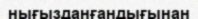
нығызданғандығынан